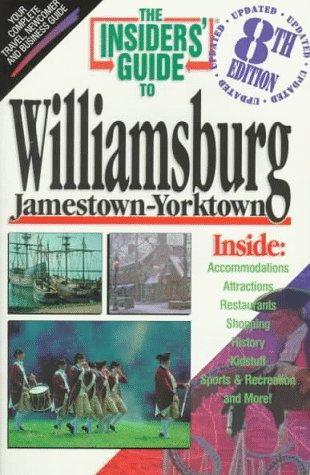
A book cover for The Insiders' Guide to Williamsburg Jamestown-Yorktown; Cheryl J. Cease; Travel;